Scottish Leaving Certificate Examination, 1958
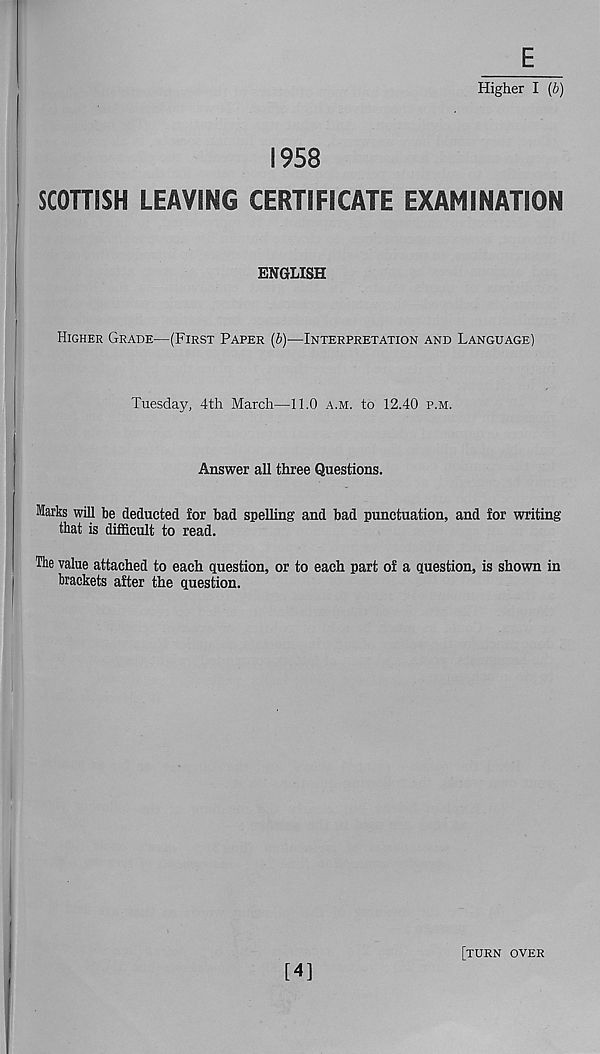
E_
Higher I (b)
1958
SCOTTISH LEAVING CERTIFICATE EXAMINATION
ENGLISH
HIGHER GRADE—(FIRST PAPER (b)—INTERPRETATION AND LANGUAGE)
Tuesday, 4th March—11.0 A.M. to 12.40 P.M.
Answer all three Questions.
Marks will be deducted for bad spelling and bad punctuation, and for writing
that is difficult to read.
The value attached to each question, or to each part of a question, is shown in
brackets after the question.
[4]
[TURN OVER